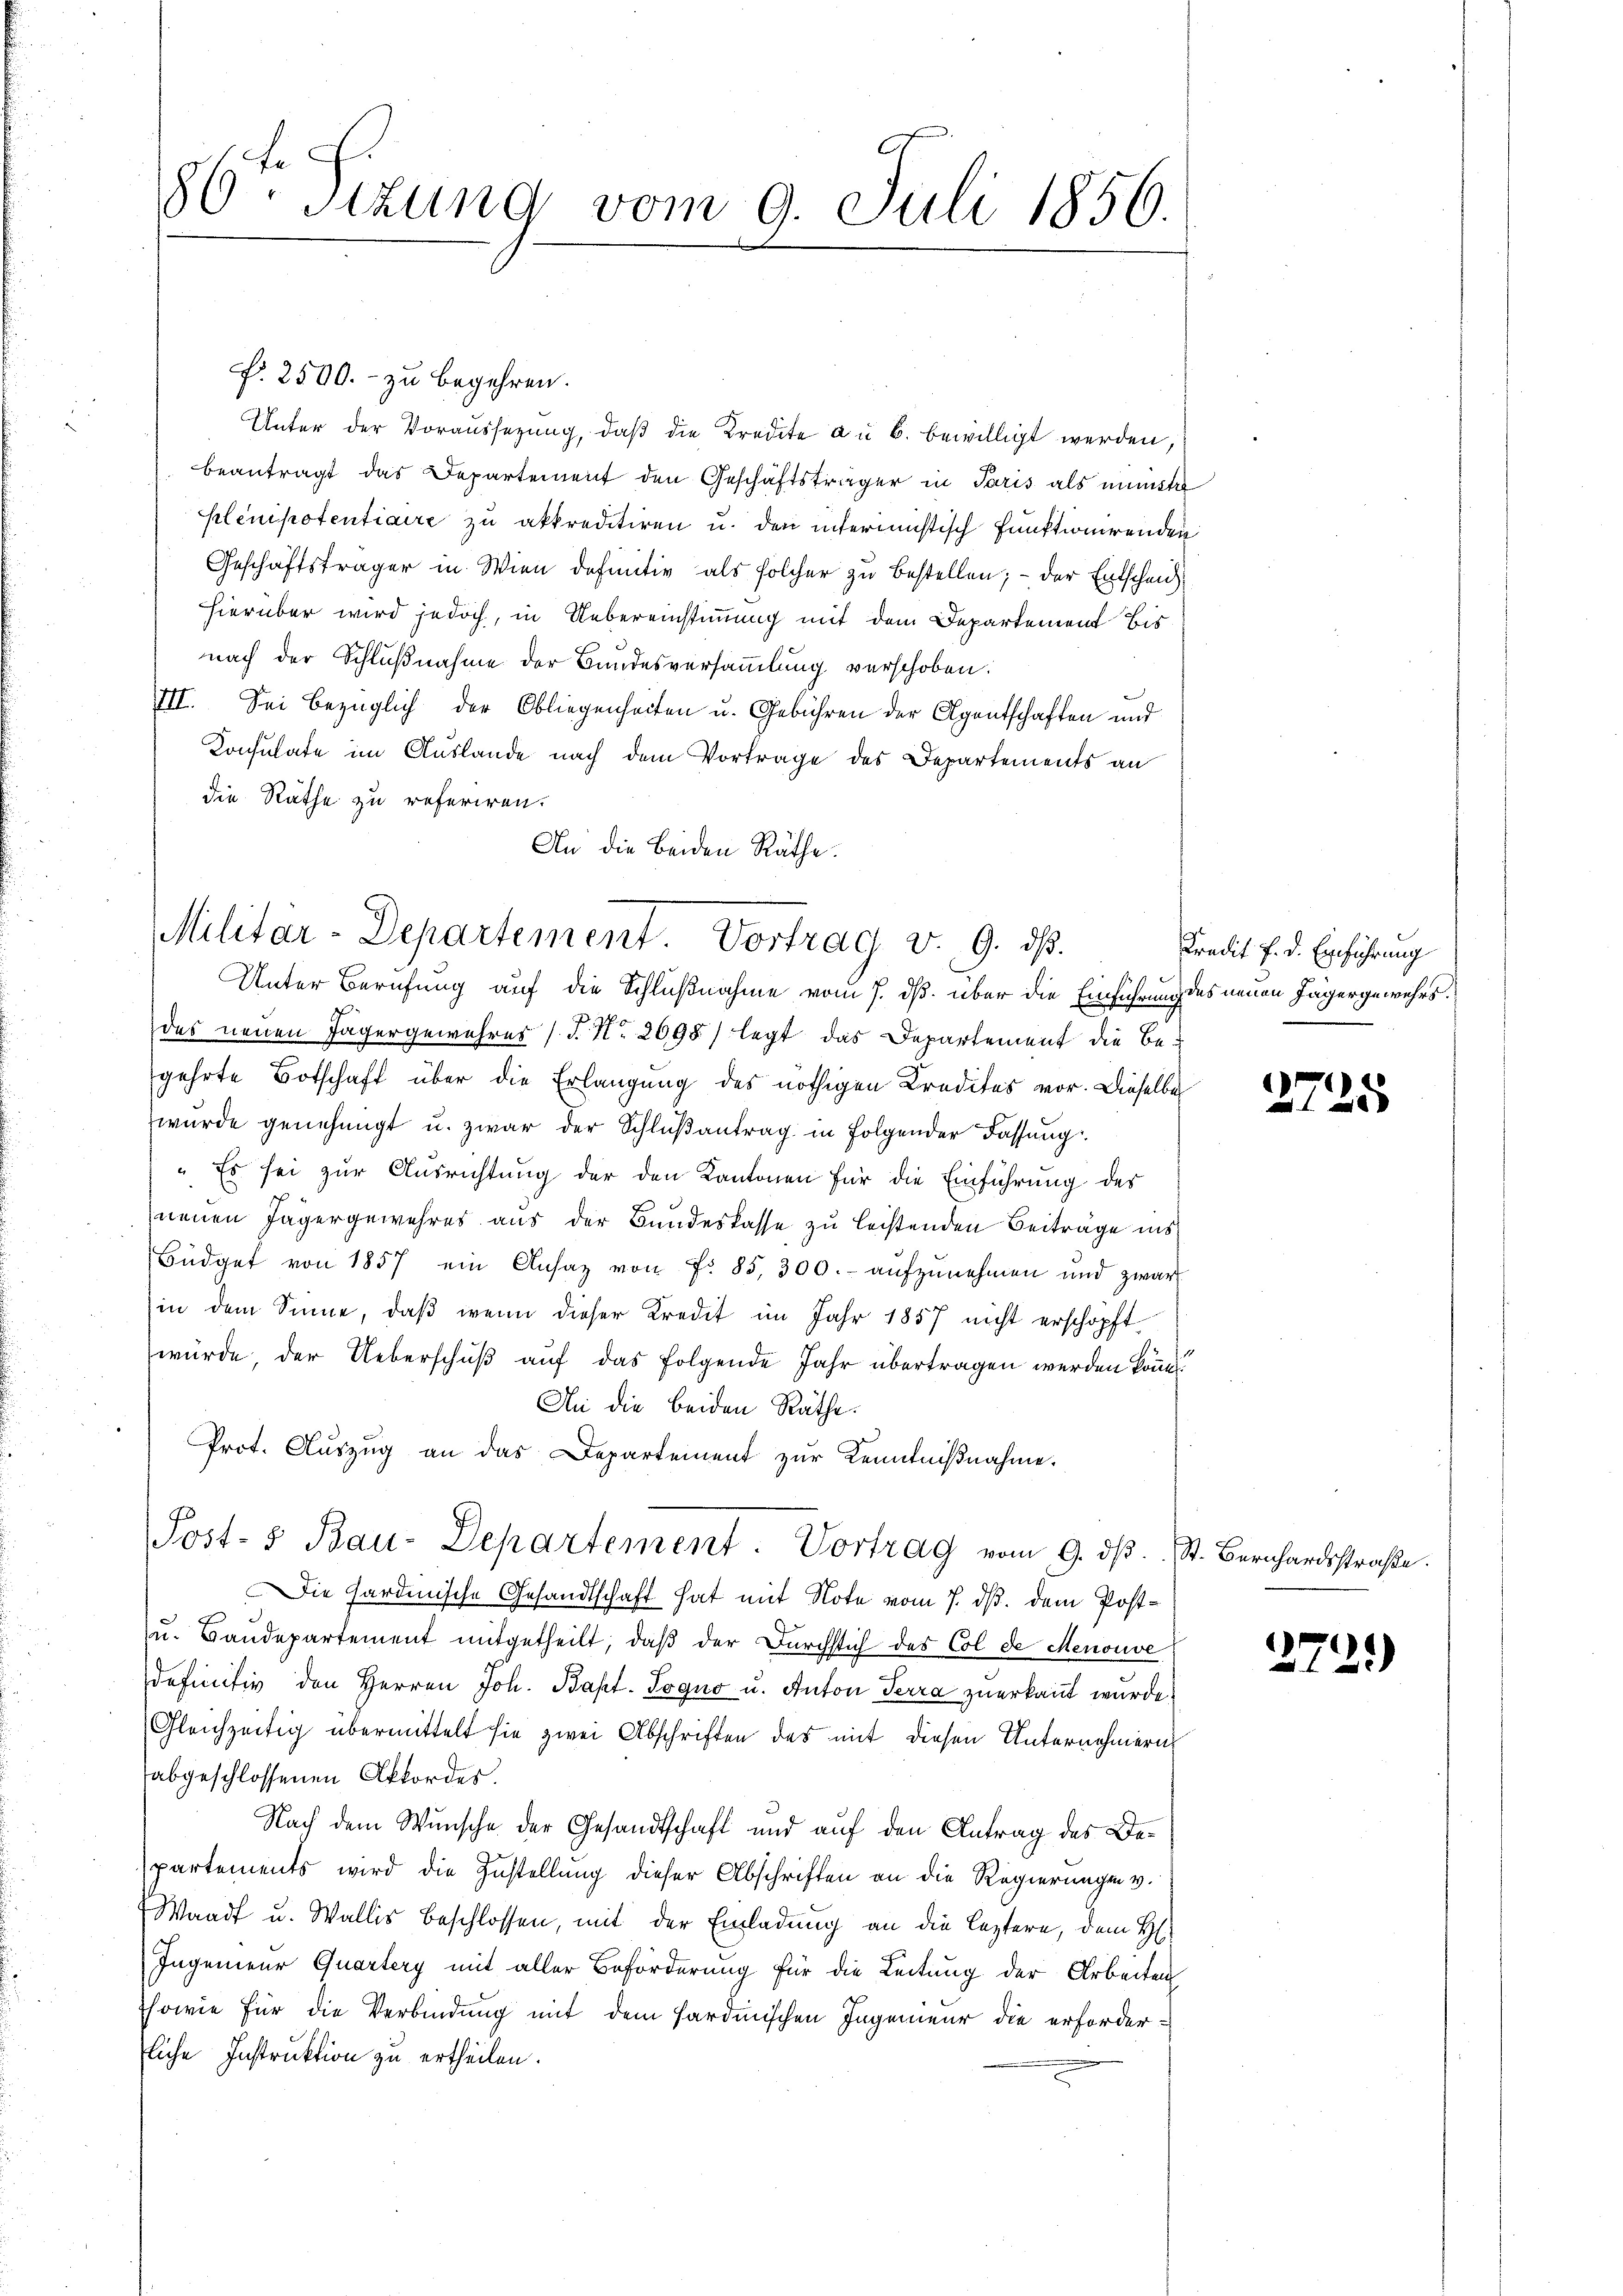
80 Stzung vom 9. Juli 1856.

Unter der Voraussezung, daß die Kredite au b. bewilligt werden,
beantragt das Departement den Geschäftsträger in Paris als minister
plenipotentiaire zu akkreditiren u. den interimistisch funktionirenden
Geschäftsträger in Wien definitiv als solcher zu bestellen; – der Entscheid
hierüber wird jedoch, in Uebereinstimmung mit dem Departement bis
nach der Schlußnahme der Bundesversammlung verschoben.
VII. Sei bezüglich der Obliegenheiten u. Gebühren der Agentschaften und
Konsulate im Auslande nach dem Vortrage des Departements an
die Räthe zu referiren.
An die beiden Räthe.

Militar-Departement. Vortrag v. 9. ds.

. 2500.- zu begehren.

Unter Berufung auf die Schlußnahme vom 7. ds. über die Einführung des neuen Jägergewehrsdes neuen Jägergewahres (T. No. 2698/ legt das Departement die Be-
gehrte Botschaft über die Erlangung des nöthigen Kredites vor. Dieselbe
wurde genehmigt u. zwar der Schlußantrag in Folgender Fassung
“. Es sei zur Ausrichtung der den Kantonen für die Einführung des
neuen Jägergewehres aus der Bundeskasse zu leistenden Beiträge ins
Büdget von 1857 ein Ansaz von Fr. 85, 300.- aŭfzŭnehmen und zwar
(in dem Sinne, daß wenn dieser Kredit im Jahr 1857 nicht erschöpft
würde, der Ueberschuß auf das folgende Jahr übertragen werden könn
An die beiden Räthe:
Prot. Auszug an das Departement zur Kenntniβnahme.
Die Sardinische Gesandtschaft hat mit Note vom 7. ds. dem Post¬
u. Baudepartement mitgetheilt, daß der Durchstich des Col de Menouve
definitiv den Herren Joh. Bapt. Jogno u. Anton Terra zuerkannt wurde,
Gleichzeitig übermittelt sie zwei Abschriften des mit diesen Unternehmern
abgeschlossenen Aktordes.
Nach dem Wunsche der Gesandtschaft und auf den Antrag des Departements wird die Zustellung dieser Abschriften an die Regierungen v.
Waadt u. Wallis beschlossen, mit der Einladung an die leztere, dem H:
Ingenieur Quartery mit aller Beförderung für die Leitung der Arbeiten
sowie für die Verbindung mit dem Hardinischen Ingenieur die erforderliche Instruktion zu ertheilen.

Post- & Bau-Departement. Vortrag vom 9. dβ. St. Bernhardsstraβe.

Kredit f. d. Einführung

2725

2729)